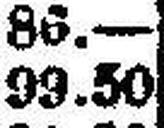
93.50